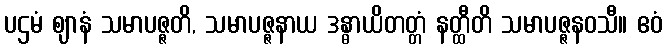
ပဌမံ ဈာနံ သမာပဇ္ဇတိ, သမာပဇ္ဇနာယ ဒန္ဓာယိတတ္တံ နတ္ထီတိ သမာပဇ္ဇနဝသီ။ ဧဝံ